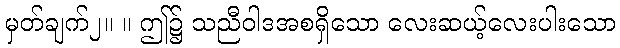
မှတ်ချက်၂။ ။ ဤ၌ သညီဝါဒအစရှိသော လေးဆယ့်လေးပါးသော